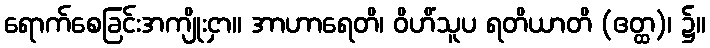
ရောက်စေခြင်းအကျိုးငှာ။ အာဟာရေတိ၊ ဝိဟိံသူပ ရတိယာတိ (ဧတ္ထ)၊ ၌။